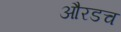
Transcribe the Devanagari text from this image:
औरडच